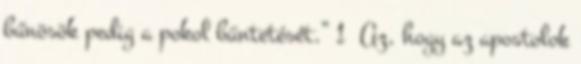
bűnösök pedig a pokol büntetését.” 1 Az, hogy az apostolok